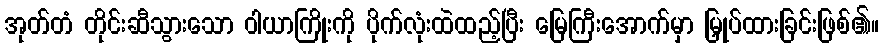
အုတ်တံ တိုင်းဆီသွားသော ဝါယာကြိုးကို ပိုက်လုံးထဲထည့်ပြီး မြေကြီးအောက်မှာ မြှုပ်ထားခြင်းဖြစ်၏။